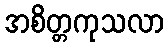
အစိတ္တကုသလာ